Vaccination in Bombay 1856-1862 - 1856-1862
Year: 1856
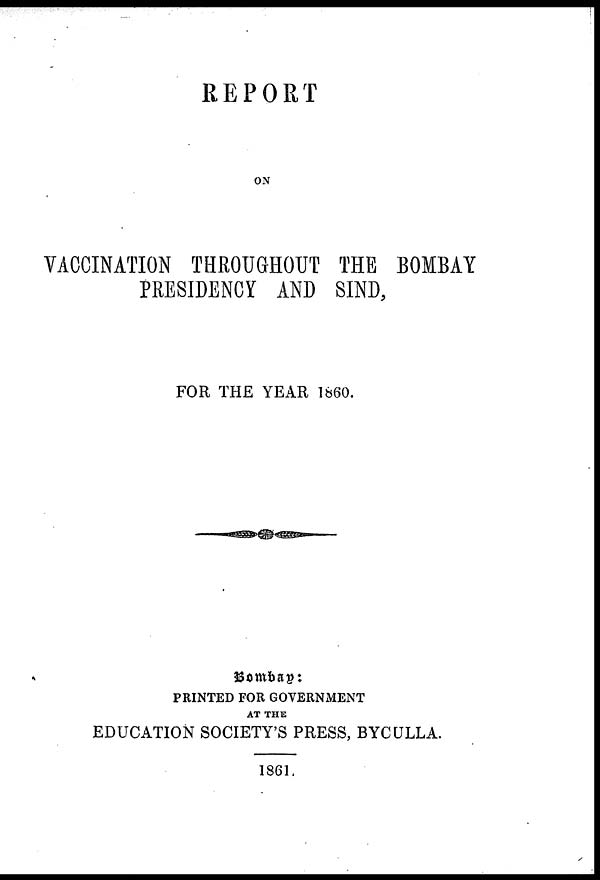
REPORT
ON
VACCINATION THROUGHOUT THE BOMBAY
PRESIDENCY AND SIND,
FOR THE YEAR 1860.
Bombay:
PRINTED FOR GOVERNMENT
AT THE
EDUCATION SOCIETY'S PRESS, BYCULLA.
1861.